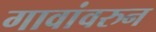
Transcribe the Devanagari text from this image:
गावांवरुन